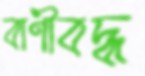
বাণীবদ্ধ